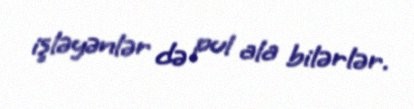
işləyənlər də pul ala bilərlər.